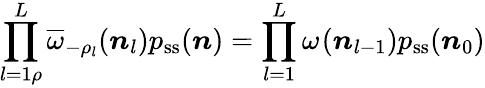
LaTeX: \prod_{l=1\rho}^{L}\overline{{\omega}}_{-\rho_{l}}(\boldsymbol n_{l})p_{\mathrm{ss}}(\boldsymbol n)=\prod_{l=1}^{L}\omega_{}(\boldsymbol n_{l-1})p_{\mathrm{ss}}(\boldsymbol n_{0})